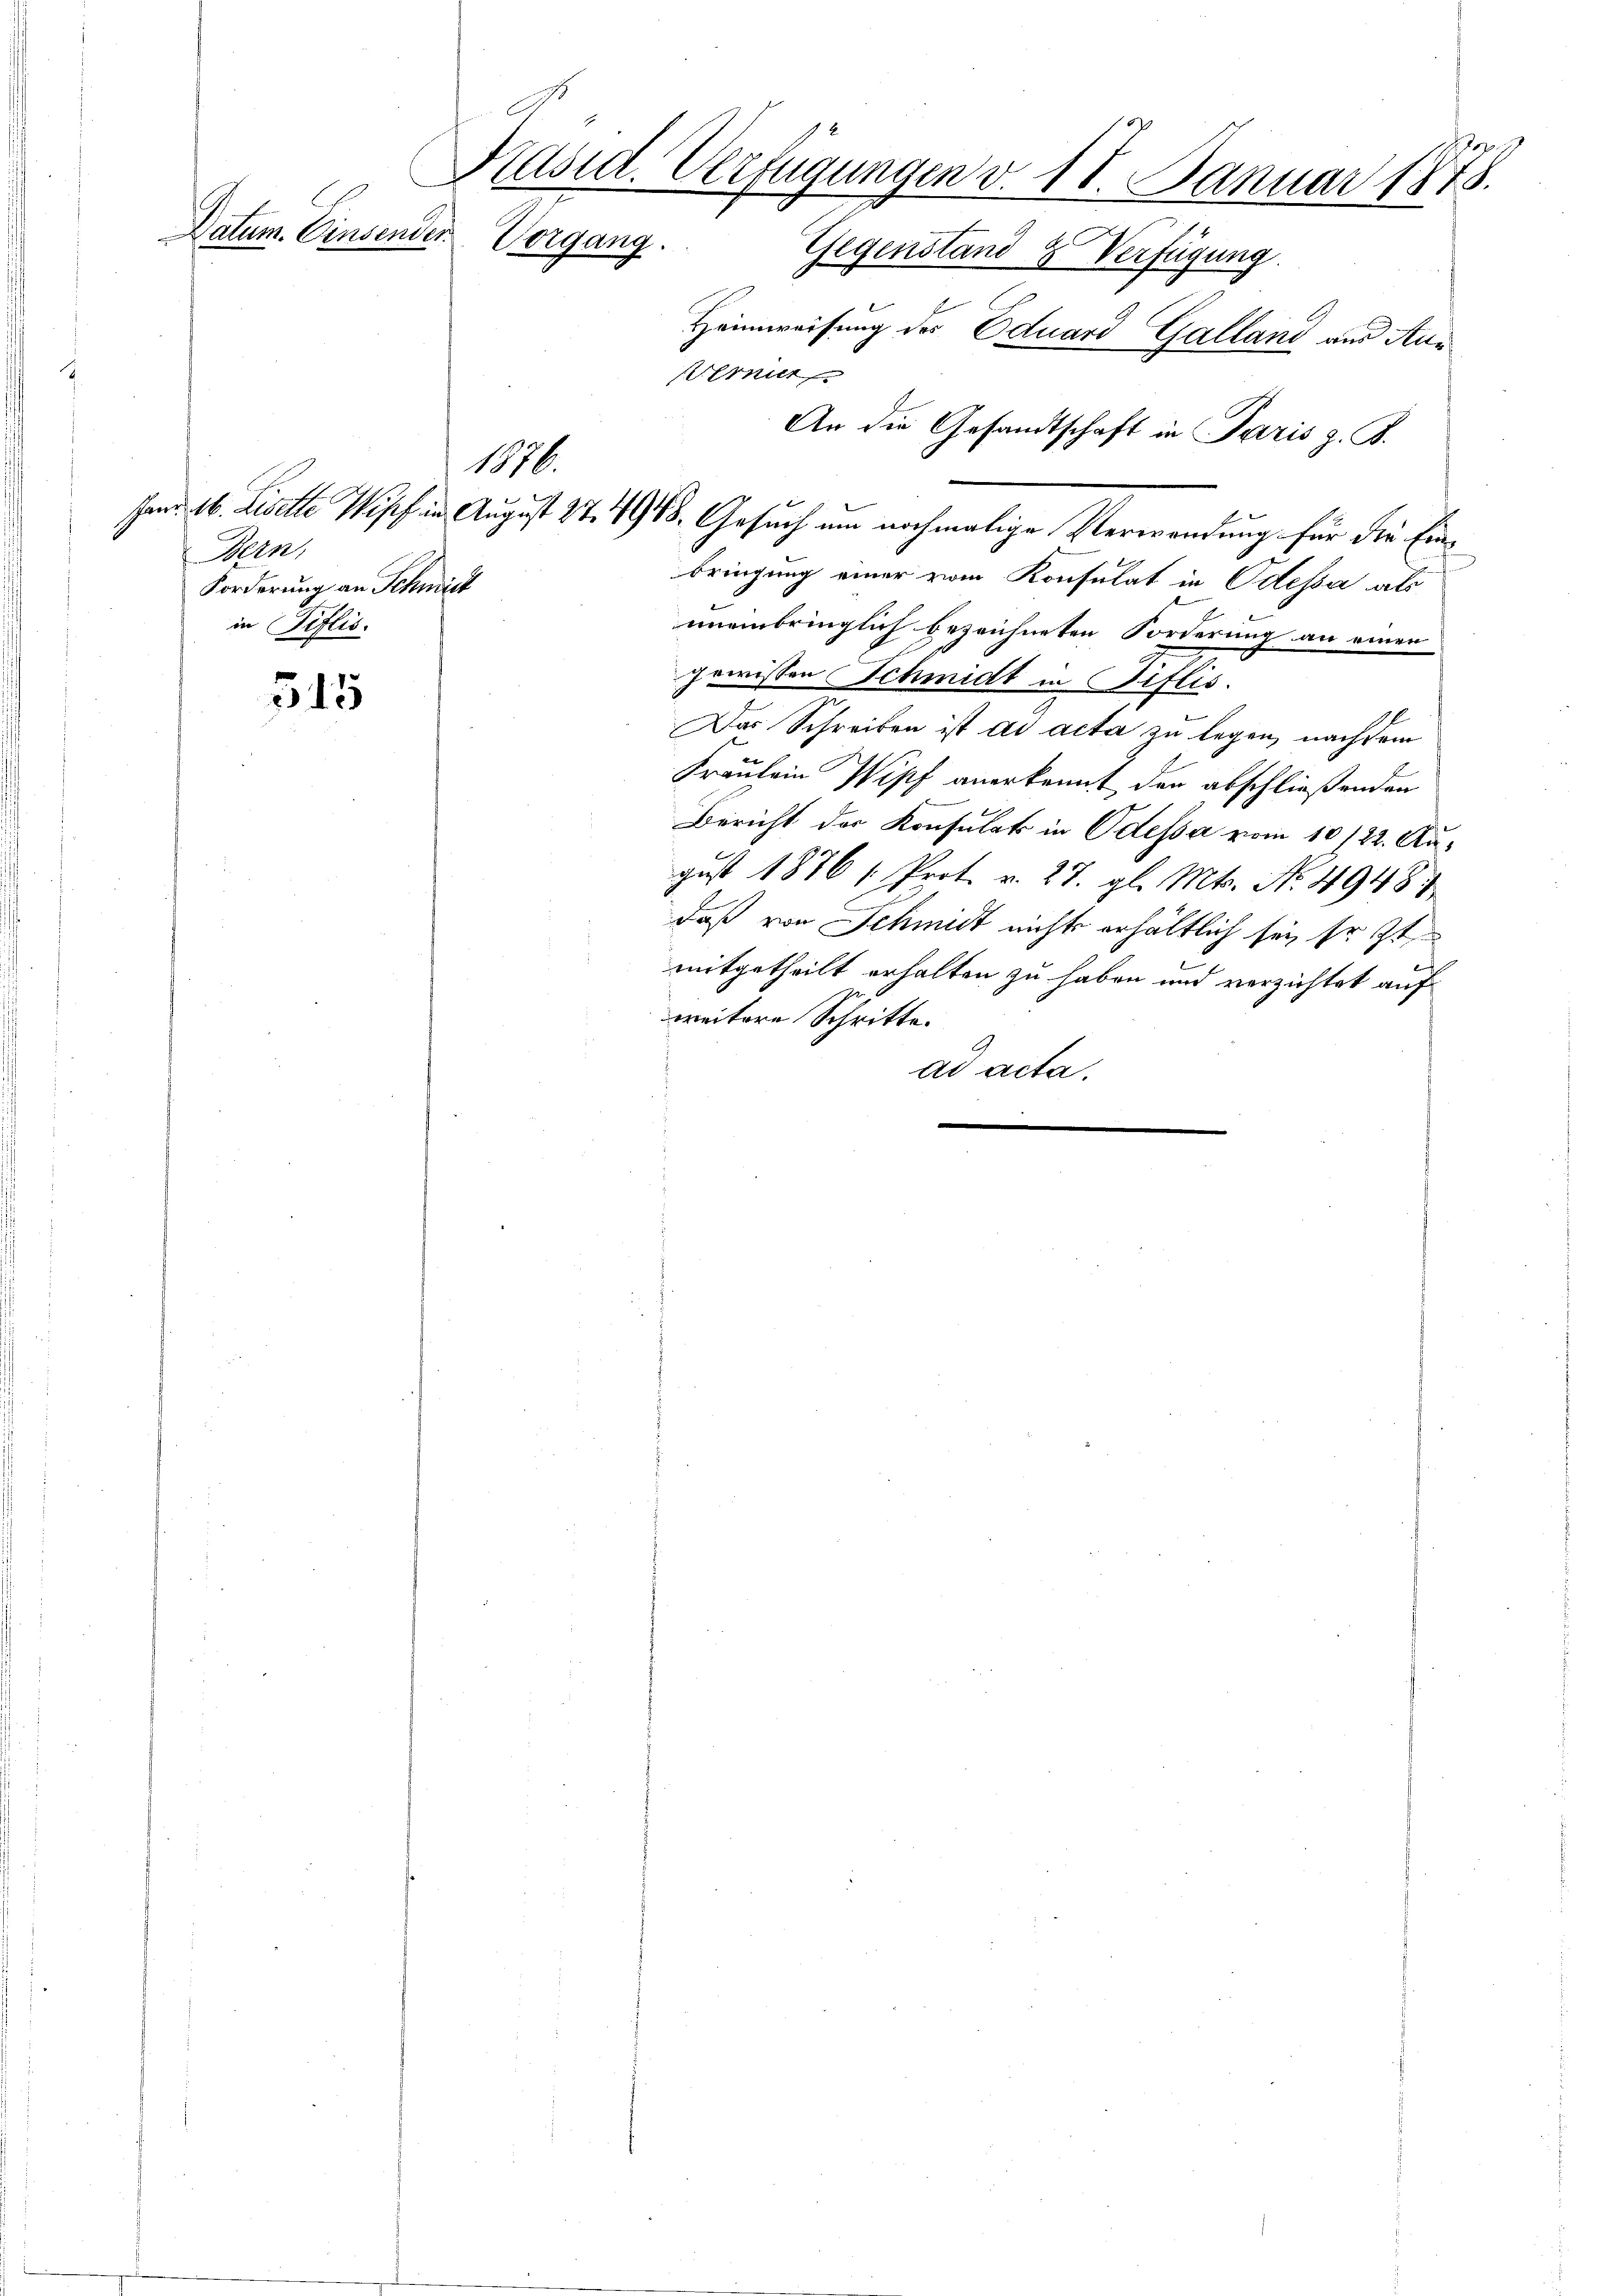
Datum. Einsender

545

Präsid. Verfügungen v. 17. Januar 1878.
e
Vorgang. Gegenstand & Verfügung
Heimweisung des Eduard Galland aus Aus
emnit

Bern,
Forderung an Schmit
in Tiflis.

1876.

bringung einer vom Konsulat in Odessa als
uneinbringlich bezeichneten Forderung an einen
gewissen Schmidt in Piflis.
Das Schreiben ist ad acta zu legen, nachdem
Fräulein Wipf anerkennt den abschließenden
Bericht der Konsulats in Odessa vom 10/22. August 1876 1. Prot. v. 27. gl. Mts. No. 4948
daß von Schmidt nicht erhältlich sei, so st
mitgetheilt erhalten zu haben und verzichtet auf
weitere Schritte.
ad acta.

An die Gesandtschaft in Paris z. B.
Jem 16. Liselte Wipf in August 27. 4948. Gesuch um nochmalige Verwendung für die Ein¬